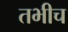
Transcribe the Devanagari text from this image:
तभीच